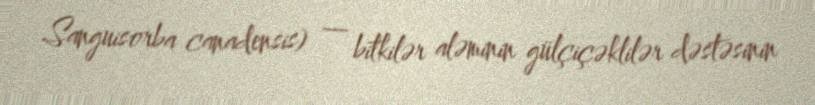
Sanguisorba canadensis) — bitkilər aləminin gülçiçəklilər dəstəsinin